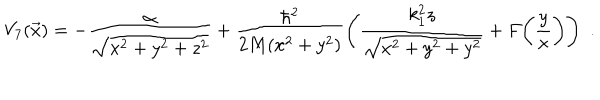
V _ { 7 } ( \vec { x } ) = - { \frac { \alpha } { \sqrt { x ^ { 2 } + y ^ { 2 } + z ^ { 2 } } } } + { \frac { \hbar ^ { 2 } } { 2 M ( x ^ { 2 } + y ^ { 2 } ) } } \Bigg ( { \frac { k _ { 1 } ^ { 2 } z } { \sqrt { x ^ { 2 } + y ^ { 2 } + y ^ { 2 } } } } + F \bigg ( { \frac { y } { x } } \bigg ) \Bigg ) \enspace .